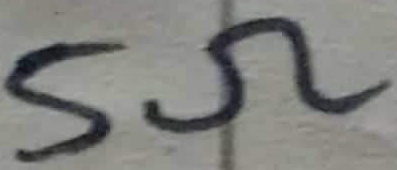
Text: 5Ω